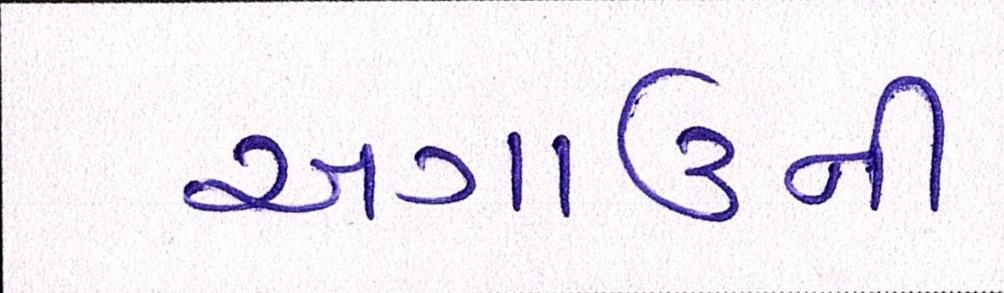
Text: અગાઉની